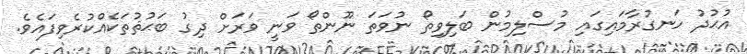
އުޙުދު ހަނގުރާމައިގައި މުސްލިމުން ބަލިވިތޯ ނުވަތަ ނޫންތޯ ވަނީ ވަރަށް ދިގު ބަޙުޘުތަކެއްކުރެވިފައެވެ.